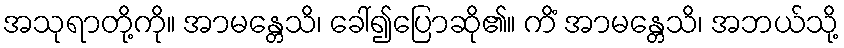
အသုရာတို့ကို။ အာမန္တေသိ၊ ခေါ်၍ပြောဆို၏။ ကိံ အာမန္တေသိ၊ အဘယ်သို့